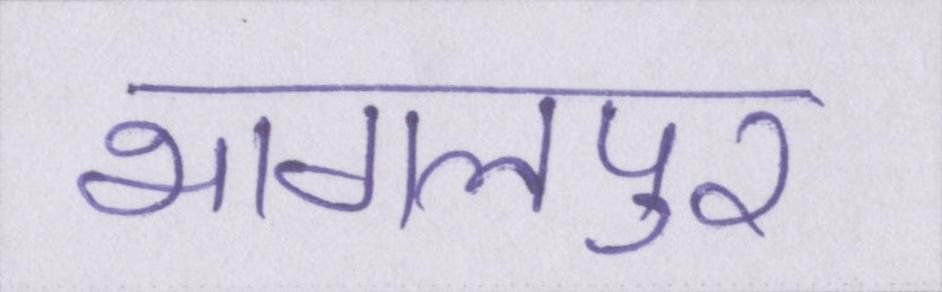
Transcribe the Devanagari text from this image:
भागलपुर